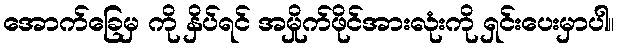
အောက်ခြေမှ ကို နှိပ်ရင် အမှိုက်ဖိုင်အားလုံးကို ရှင်းပေးမှာပါ။